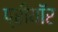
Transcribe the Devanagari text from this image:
प्रीयॉर